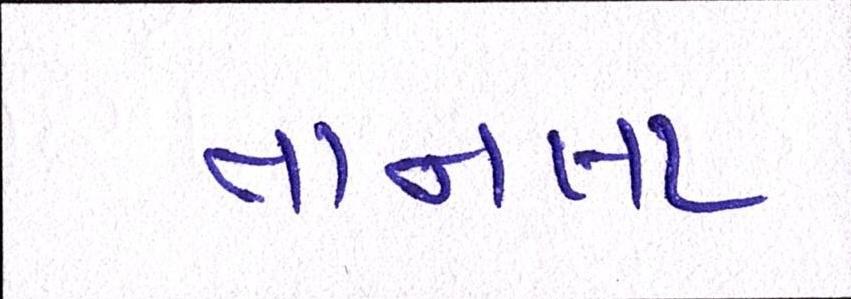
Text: તાનલા